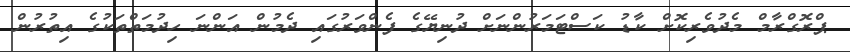
ޕްރޮގްރާމް މެދުވެރިކޮށް ކާޑު ކަސްޓަމަރުންނަށް ދުނިޔޭގެ ފެންވަރުގައި ދެމުން އަންނަ ހިދުމަތްތަކުގެ އިތުރުން